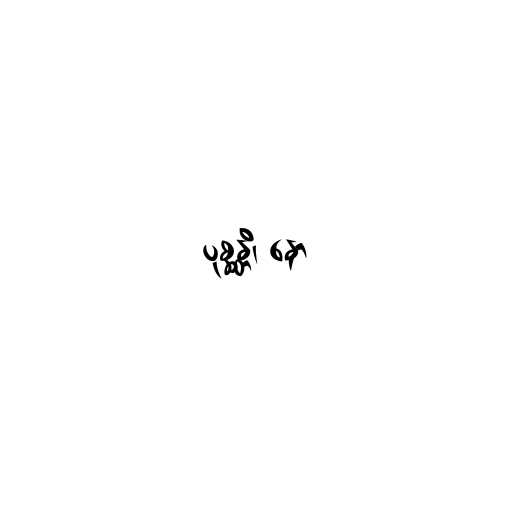
ပုစ္ဆန္တိ၊ နော